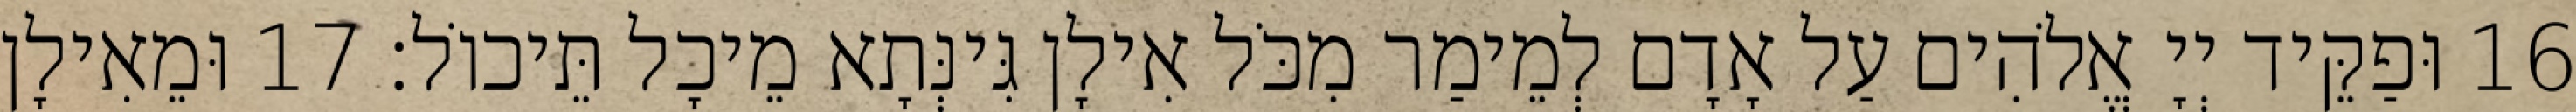
16 וּפַקֵּיד יְיָ אֱלֹהִים עַל אָדָם לְמֵימַר מִכֹּל אִילָן גִּינְּתָא מֵיכָל תֵּיכוֹל׃ 17 וּמֵאִילָן